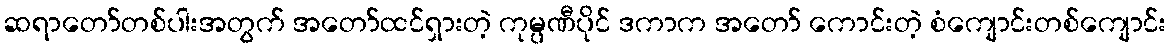
ဆရာတော်တစ်ပါးအတွက် အတော်ထင်ရှားတဲ့ ကုမ္ပဏီပိုင် ဒကာက အတော် ကောင်းတဲ့ စံကျောင်းတစ်ကျောင်း